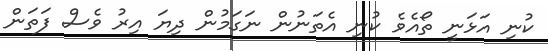
ކުނި އަޅަނީ ތޯއެވެ ކުނި އެތަނުން ނަގަމުން ދިޔަ އިރު ވެސް ފަތަން